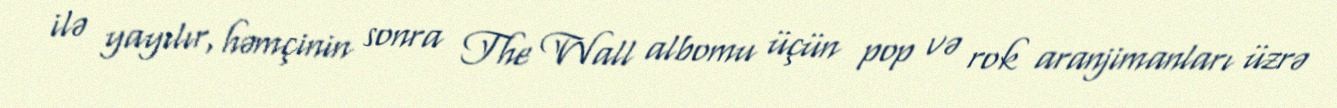
ilə yayılır, həmçinin sonra The Wall albomu üçün pop və rok aranjimanları üzrə